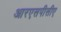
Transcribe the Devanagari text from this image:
आरएसपीसीए